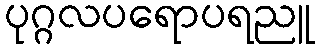
ပုဂ္ဂလပရောပရညူ